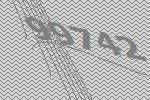
99742